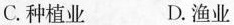
C.种植业 D.渔业